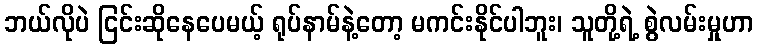
ဘယ်လိုပဲ ငြင်းဆိုနေပေမယ့် ရုပ်နာမ်နဲ့တော့ မကင်းနိုင်ပါဘူး၊ သူတို့ရဲ့ စွဲလမ်းမှုဟာ